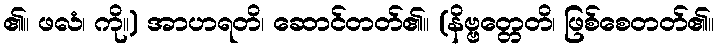
၏။ ဖလံ၊ ကို။) အာဟရတိ၊ ဆောင်တတ်၏။ (နိဗ္ဗတ္တေတိ၊ ဖြစ်စေတတ်၏။